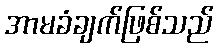
အာမခံချက်ဖြစ်သည်